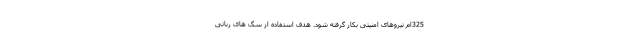
325ام نیروهای امنیتی بکار گرفته شود. هدف استفاده از سگ های رباتی